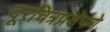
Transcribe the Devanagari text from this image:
दूरचित्रप्रक्षेपणे